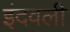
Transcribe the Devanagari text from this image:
इंदवली